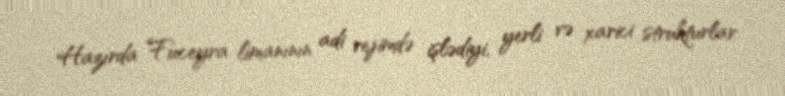
Hazırda Fuceyra limanının adi rejimdə işlədiyi, yerli və xarici strukturlar